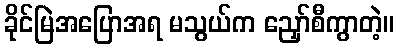
ခိုင်မြဲအပြောအရ မသွယ်က ညှော်စီကွာတဲ့။